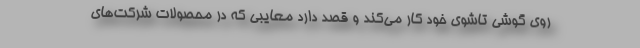
روی گوشی تاشوی خود کار می‌کند و قصد دارد معایبی که در محصولات شرکت‌های